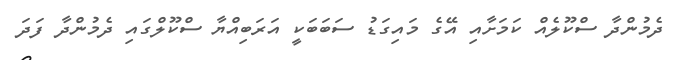
ދެމުންދާ ސްކޫލެއް ކަމަށާއި އޭގެ މައިގަޑު ސަބަބަކީ އަރަބިއްޔާ ސްކޫލްގައި ދެމުންދާ ފަދަ